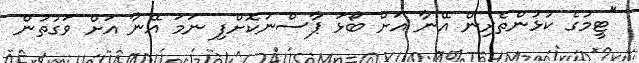
"ޓީމުގެ ކުޅުންތެރިން އޭނާ އަށް ބޯޅަ ޕާސްނުކޮށްފި ނަމަ އޭނާ އަށް ވަގުތުން